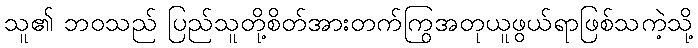
သူ၏ ဘဝသည် ပြည်သူတို့စိတ်အားတက်ကြွအတုယူဖွယ်ရာဖြစ်သကဲ့သို့